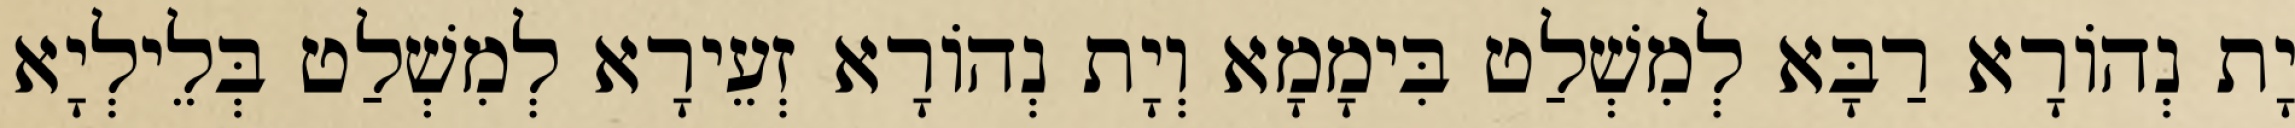
יָת נְהוֹרָא רַבָּא לְמִשְׁלַט בִּימָמָא וְיָת נְהוֹרָא זְעֵירָא לְמִשְׁלַט בְּלֵילְיָא